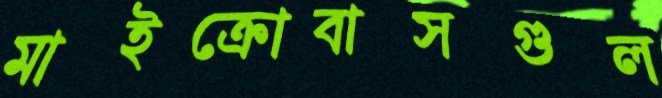
মাইক্রোবাসগুল